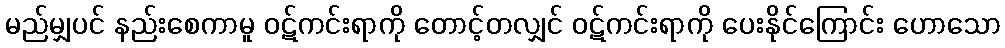
မည်မျှပင် နည်းစေကာမူ ဝဋ်ကင်းရာကို တောင့်တလျှင် ဝဋ်ကင်းရာကို ပေးနိုင်ကြောင်း ဟောသော